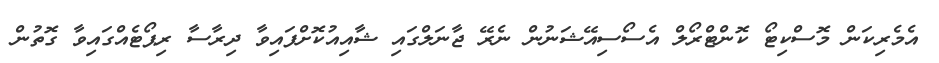
އެމެރިކަން މޮސްކިޓޯ ކޮންޓްރޯލް އެސޯސިއޭޝަނުން ނެރޭ ޖާނަލްގައި ޝާއިއުކޮށްފައިވާ ދިރާސާ ރިޕޯޓެއްގައިވާ ގޮތުން